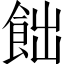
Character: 飿